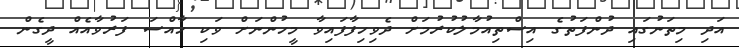
އަދި މިތަނުގައި ދުންފަތުގެ އިސްތިއުމާލުކުރުމަށް ދެވިހިފާފައިވާ މީހުންނަށް ވަކި ހާއްސަ ފަރުވާއެއް ދީގެން